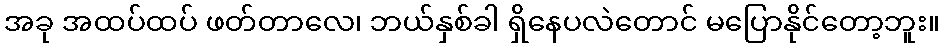
အခု အထပ်ထပ် ဖတ်တာလေ၊ ဘယ်နှစ်ခါ ရှိနေပလဲတောင် မပြောနိုင်တော့ဘူး။